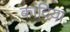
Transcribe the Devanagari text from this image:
कांदिया